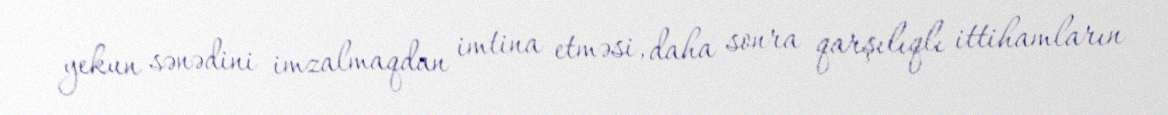
yekun sənədini imzalmaqdan imtina etməsi, daha sonra qarşılıqlı ittihamların